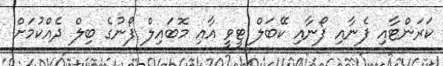
ކަރަންޓާއި ފެނާއި ފޯނާއި ކޭބަލް ޓީވީ އާއި މޮބައިލް ފޯނުގެ ބިލް ދެއްކުމަށް